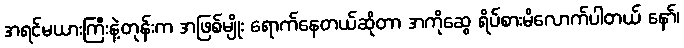
အရင်မယားကြီးနဲ့တုန်းက အဖြစ်မျိုး ရောက်နေတယ်ဆိုတာ အကိုဆွေ ရိပ်စားမိလောက်ပါတယ် နော်၊